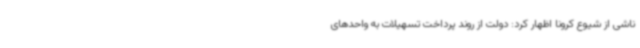
ناشی از شیوع کرونا اظهار کرد: دولت از روند پرداخت تسهیلات به واحدهای